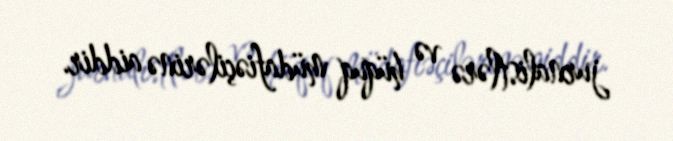
jurnalistlərə və hüquq müdafiəçilərinə aiddir.